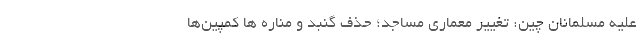
علیه مسلمانان چین: تغییر معماری مساجد؛ حذف گنبد و مناره ها کمپین‌ها